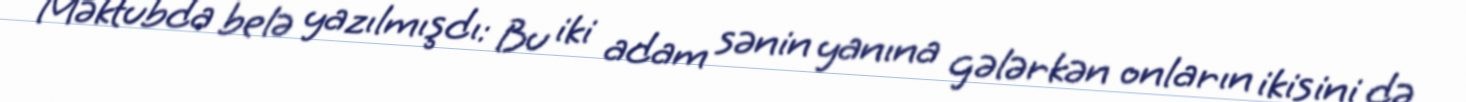
Məktubda belə yazılmışdı: Bu iki adam sənin yanına gələrkən onların ikisini də